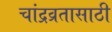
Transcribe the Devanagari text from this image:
चांद्रव्रतासाठी